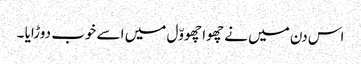
اس دن میں نے چھوا چھووّل میں اسے خوب دوڑایا ۔